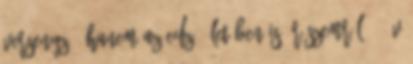
versenyző, hanem az edző életében is. Részemről 35 év